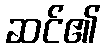
ဆင်၏